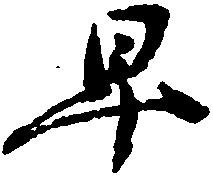
早